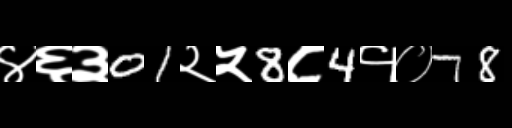
Text: ४६३01२५8८4१०78